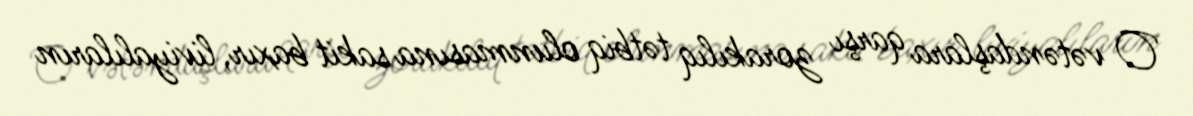
O vətəndaşlara qarşı zorakılıq tətbiq olunmasına sakit baxır, liviyalıların